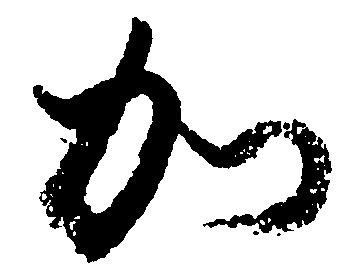
加